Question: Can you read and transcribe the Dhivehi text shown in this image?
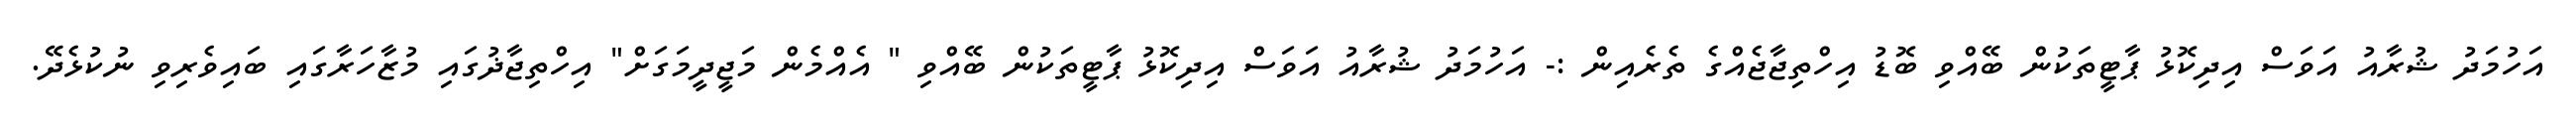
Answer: އަހުމަދު ޝުރާއު އަވަސް އިދިކޮޅު ޕާޓީތަކުން ބޭއްވި ބޮޑު އިހްތިޖާޖެއްގެ ތެރެއިން :- އަހުމަދު ޝުރާއު އަވަސް އިދިކޮޅު ޕާޓީތަކުން ބޭއްވި " އެއްމެން މަޖީދީމަގަށް" އިހްތިޖާޛުގައި މުޒާހަރާގައި ބައިވެރިވި ނުކުޅެދޭ.